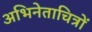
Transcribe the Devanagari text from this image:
अभिनेताचित्रों